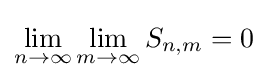
\lim _{n\to \infty }\lim _{m\to \infty }S_{n,m}=0